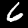
Digit: 6